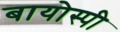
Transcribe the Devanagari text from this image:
बायोस्पी